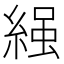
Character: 𮈩